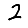
Digit: 2